Civil Veterinary Department Bihar reports 1940-50 - 1940-1950
Year: 1940
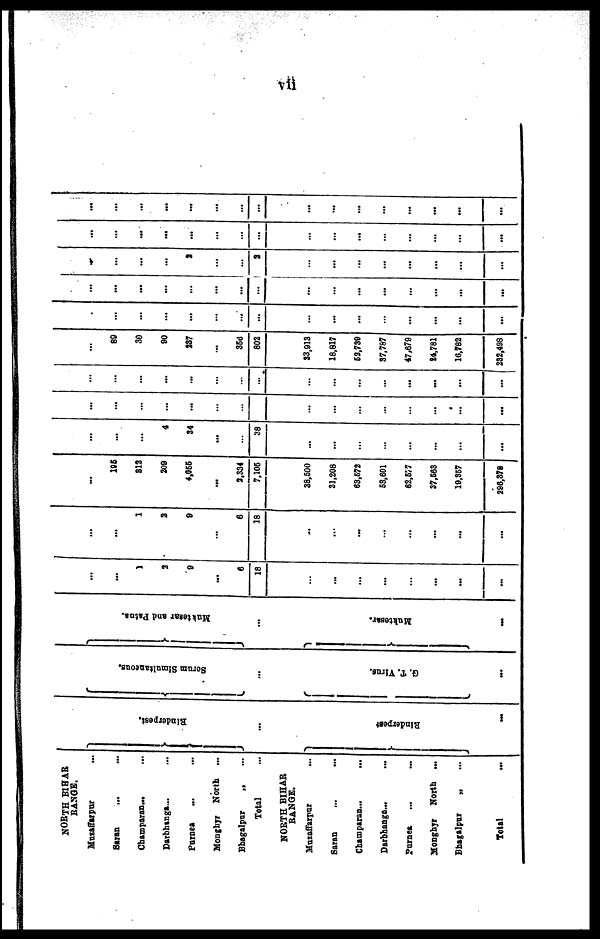
vii
NORTH BIHAR
RANGE.
Muzaffarpur …
Saran … …
Champaran … …
Darbhanga ... …
Purnea … …
Monghyr North ...
Bhagalpur
„ …
Total ...
NORTH BIHAR
RANGS.
Muzaffarpur …
Saran … …
Champaran... …
Darbhanga... …
Pornea … …
Monghyr North ...
Bhagalpur
„ …
Total …
Rinderpest.
Rinderpest
…
Serum Simultaneous.
...
G.
T. Virus.
...
Muktesar
and Patna.
...
Muktesar.
…
…
...
1
2
9
…
6
18
…
…
...
...
…
...
…
…
...
...
1
2
9
…
6
18
…
…
…
...
...
...
…
...
…
166
312
209
4,066
...
3.334
7,106
38,500
21,208
63,672
53,601
62,577
37,663
19,357
296,378
...
...
...
4
34
...
…
38
...
...
…
…
…
...
…
…
...
...
…
…
...
…
…
…
…
...
…
…
…
…
…
...
…
…
...
...
...
…
…
…
…
…
…
...
...
...
…
...
...
89
30
90
237
…
356
802
33,913
18,817
52,739
37,787
47,679
24,781
16,782
232,408
…
...
...
...
...
...
...
...
…
...
...
…
...
...
…
...
...
...
...
...
…
...
...
…
…
…
...
...
...
...
…
...
…
…
...
…
2
...
...
9
…
...
...
...
...
...
…
...
...
...
…
...
...
...
…
…
...
…
...
…
…
...
…
...
...
...
...
… .
...
...
...
…
...
...
...
...
...
...
...
...